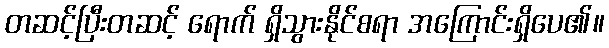
တဆင့်ပြီးတဆင့် ရောက် ရှိသွားနိုင်စရာ အကြောင်းရှိပေ၏။